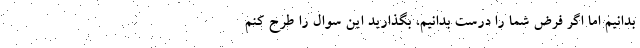
بدانیم اما اگر فرض شما را درست بدانیم، بگذارید این سوال را طرح کنم